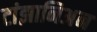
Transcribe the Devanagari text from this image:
टांझानिअन